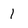
Character: 1